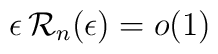
\epsilon \, {\mathcal R}_{n} (\epsilon) = o(1)\;